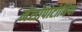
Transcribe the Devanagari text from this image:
मेसोपोटोमिया